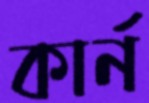
কার্ন